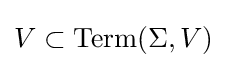
V\subset \mathrm {Term} (\Sigma ,V)